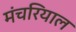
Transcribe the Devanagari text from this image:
मंचरियाल